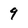
Character: 9